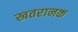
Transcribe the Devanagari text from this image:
खतरानक